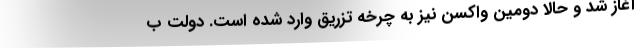
آغاز شد و حالا دومین واکسن نیز به چرخه تزریق وارد شده است. دولت ب